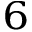
^ 6